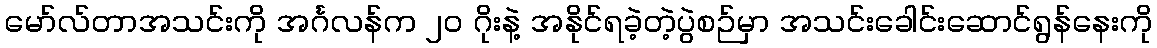
မော်လ်တာအသင်းကို အင်္ဂလန်က ၂၀ ဂိုးနဲ့ အနိုင်ရခဲ့တဲ့ပွဲစဉ်မှာ အသင်းခေါင်းဆောင်ရွန်နေးကို